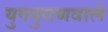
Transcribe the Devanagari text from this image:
युगपुराणवाले